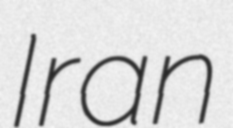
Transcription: Iran